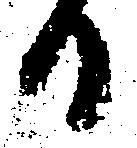
日